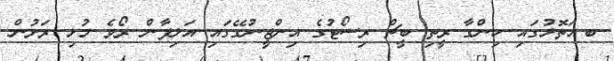
ބ.އަތޮޅުގައި ހިންގާ ރީތި ބީޗް ރިސޯޓުގެ އިންޖީނުގޭގައި އަލިފާން ރޯވެ މުޅި ރަށުން